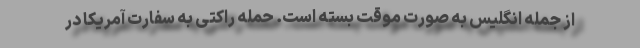
از جمله انگلیس به صورت موقت بسته است. حمله راکتی به سفارت آمریکا در